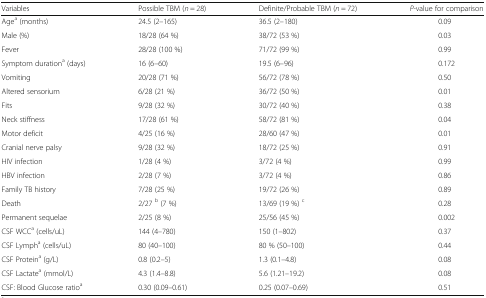
| Variables | Possible TBM (n = 28) | Definite/Probable TBM (n = 72) | P-value for comparison |
 | --- | --- | --- | --- |
 | Agea (months) | 24.5 (2–165) | 36.5 (2–180) | 0.09 |
 | Male (%) | 18/28 (64 %) | 38/72 (53 %) | 0.03 |
 | Fever | 28/28 (100 %) | 71/72 (99 %) | 0.99 |
 | Symptom durationa (days) | 16 (6–60) | 19.5 (6–96) | 0.172 |
 | Vomiting | 20/28 (71 %) | 56/72 (78 %) | 0.50 |
 | Altered sensorium | 6/28 (21 %) | 36/72 (50 %) | 0.01 |
 | Fits | 9/28 (32 %) | 30/72 (40 %) | 0.38 |
 | Neck stiffness | 17/28 (61 %) | 58/72 (81 %) | 0.04 |
 | Motor deficit | 4/25 (16 %) | 28/60 (47 %) | 0.01 |
 | Cranial nerve palsy | 9/28 (32 %) | 18/72 (25 %) | 0.91 |
 | HIV infection | 1/28 (4 %) | 3/72 (4 %) | 0.99 |
 | HBV infection | 2/28 (7 %) | 3/72 (4 %) | 0.86 |
 | Family TB history | 7/28 (25 %) | 19/72 (26 %) | 0.89 |
 | Death | 2/27 b (7 %) | 13/69 (19 %) c | 0.28 |
 | Permanent sequelae | 2/25 (8 %) | 25/56 (45 %) | 0.002 |
 | CSF WCCa (cells/uL) | 144 (4–780) | 150 (1–802) | 0.37 |
 | CSF Lympha (cells/uL) | 80 (40–100) | 80 % (50–100) | 0.44 |
 | CSF Proteina (g/L) | 0.8 (0.2–5) | 1.3 (0.1–4.8) | 0.08 |
 | CSF Lactatea (mmol/L) | 4.3 (1.4–8.8) | 5.6 (1.21–19.2) | 0.08 |
 | CSF: Blood Glucose ratioa | 0.30 (0.09–0.61) | 0.25 (0.07–0.69) | 0.51 |